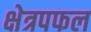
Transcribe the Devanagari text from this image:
क्षेत्रपफल